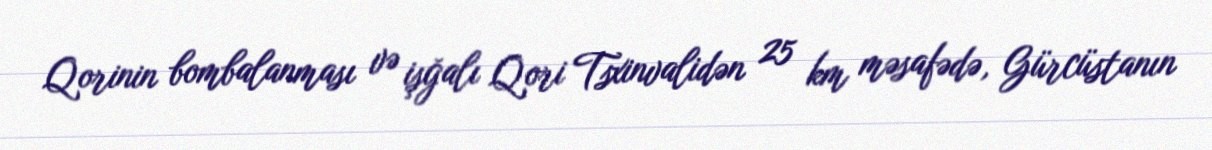
Qorinin bombalanması və işğalı Qori Tsxinvalidən 25 km məsafədə, Gürcüstanın